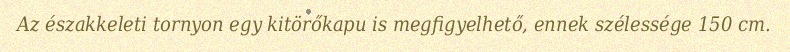
Az északkeleti tornyon egy kitörőkapu is megfigyelhető, ennek szélessége 150 cm.